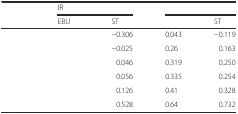
<table><thead><tr><td rowspan="2">[EMPTY_CELL]</td><td colspan="2"><b>IR</b></td><td colspan="2">[EMPTY_CELL]</td></tr><tr><td><b>EBU</b></td><td><b>ST</b></td><td>[EMPTY_CELL]</td><td><b>ST</b></td></tr></thead><tbody><tr><td>[EMPTY_CELL]</td><td>[EMPTY_CELL]</td><td>−0.306</td><td>0.043</td><td>−0.119</td></tr><tr><td>[EMPTY_CELL]</td><td>[EMPTY_CELL]</td><td>−0.025</td><td>0.26</td><td>0.163</td></tr><tr><td>[EMPTY_CELL]</td><td>[EMPTY_CELL]</td><td>0.046</td><td>0.319</td><td>0.250</td></tr><tr><td>[EMPTY_CELL]</td><td>[EMPTY_CELL]</td><td>0.056</td><td>0.335</td><td>0.254</td></tr><tr><td>[EMPTY_CELL]</td><td>[EMPTY_CELL]</td><td>0.126</td><td>0.41</td><td>0.328</td></tr><tr><td>[EMPTY_CELL]</td><td>[EMPTY_CELL]</td><td>0.528</td><td>0.64</td><td>0.732</td></tr></tbody></table>